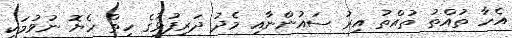
އެހާ ތުއްތު ތުއްތު އިރު ސައުންނާއި މެދު ދަރިފުޅުގެ ހިތް ހެޔޮ ނުވުމަކީ